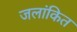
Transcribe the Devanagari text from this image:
जलांकित